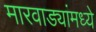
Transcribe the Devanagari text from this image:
मारवाड्यांमध्ये